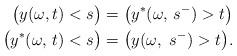
LaTeX: \begin{align*} \bigl(y(\omega,t)<s\bigr)&=\bigl(y^{*}(\omega,\, s^{-})>t\bigr)\\ \bigl(y ^{*}(\omega,\,t)<s\bigr)&=\bigl(y(\omega,\ s^{-})>t\bigr).\end{align*}